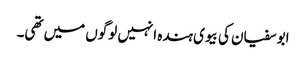
ابوسفیان کی بیوی ہندہ انہیں لوگوں میں تھی۔